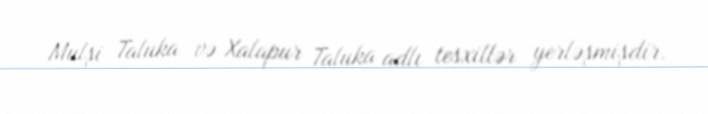
Mulşi Taluka və Xalapur Taluka adlı tesxillər yerləşmişdir.